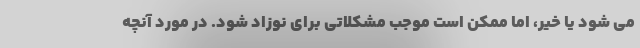
می شود یا خیر، اما ممکن است موجب مشکلاتی برای نوزاد شود. در مورد آنچه